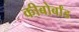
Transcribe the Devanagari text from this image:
कीबोर्बांड